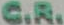
C.R.